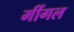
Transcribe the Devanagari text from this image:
मींगल